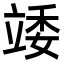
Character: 𥪍